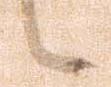
候